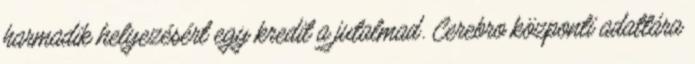
harmadik helyezésért egy kredit a jutalmad. Cerebro központi adattára